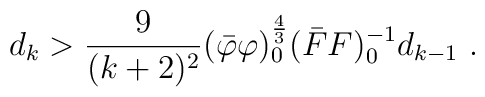
d_k > \frac{9}{(k+2)^2} (\bar{\varphi} \varphi)_0^{\frac{4}{3}} (\bar{F}    F)_0^{-1} d_{k-1} \ .